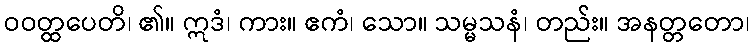
ဝဝတ္ထပေတိ၊ ၏။ ဣဒံ၊ ကား။ ဧကံ၊ သော။ သမ္မသနံ၊ တည်း။ အနတ္တတော၊